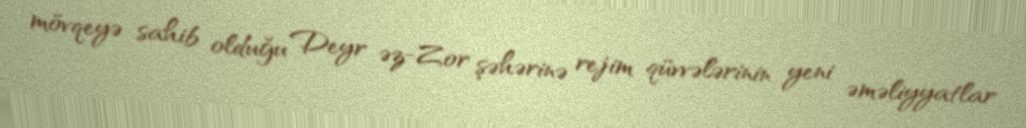
mövqeyə sahib olduğu Deyr əz-Zor şəhərinə rejim qüvvələrinin yeni əməliyyatlar